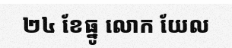
២៤ ខែធ្នូ លោក យែល